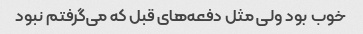
خوب بود ولی مثل دفعه‌های قبل که می‌گرفتم نبود